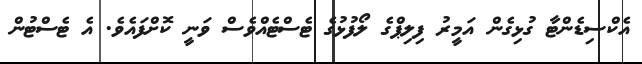
އެކްސިޑެންޓާ ގުޅިގެން އަމީރު ފިލިޕްގެ ލޯފުޅުގެ ޓެސްޓެއްވެސް ވަނީ ކޮށްފައެވެ. އެ ޓެސްޓުން